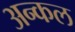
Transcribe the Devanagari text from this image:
अन्कल